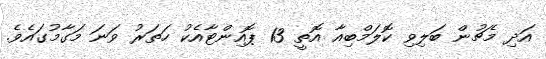
އަދި މެޗުން ބަލިވި ކޮލަމްބިއާ އޮތީ 13 ޕޮއިންޓާއެކު ހަތަރު ވަނަ މަގާމުގައެވެ.